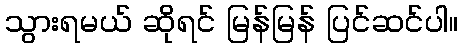
သွားရမယ် ဆိုရင် မြန်မြန် ပြင်ဆင်ပါ။